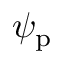
\psi _ { \mathrm { { p } } }